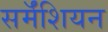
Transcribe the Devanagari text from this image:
सर्मॅशियन